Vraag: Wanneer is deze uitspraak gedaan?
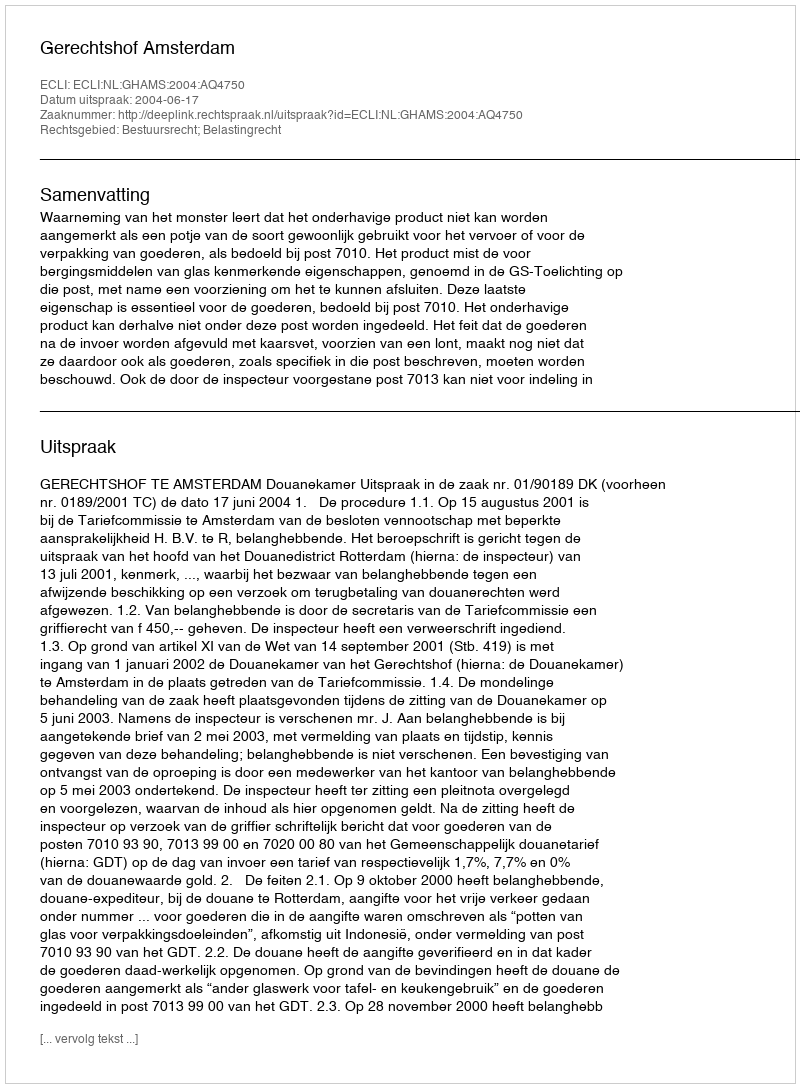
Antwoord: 2004-06-17